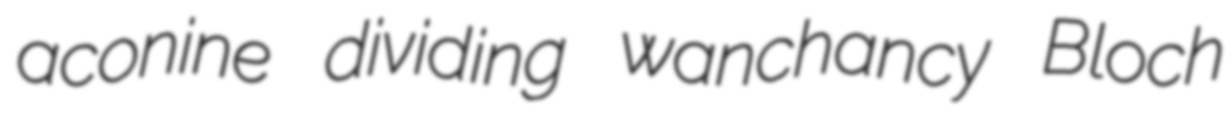
aconine dividing wanchancy Bloch